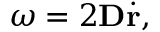
\boldsymbol { \omega } = 2 \mathbf { D } \dot { \mathbf { r } } ,